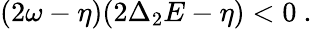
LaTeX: (2\omega-\eta)(2\Delta_{2}E-\eta)<0\ .